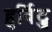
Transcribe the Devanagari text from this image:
हुर्विट्ज